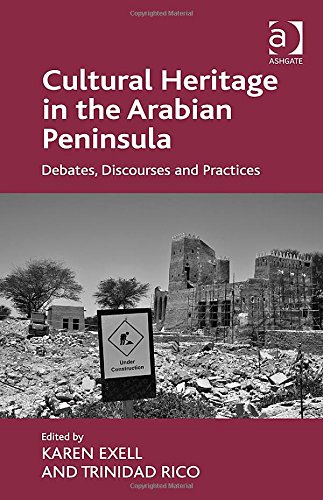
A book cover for Cultural Heritage in the Arabian Peninsula: Debates, Discourses and Practices; Karen Exell; Business & Money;